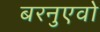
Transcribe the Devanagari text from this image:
बरनुएवो